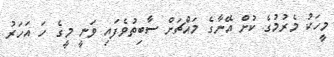
މީހަކު މެރުމުގެ ކުށް އޭނާގެ މައްޗަށް ސާބިތުވެފައި ވަނީ މީގެ ހަ އަހަރު